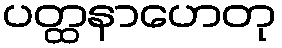
ပတ္ထနာဟေတု